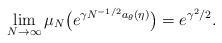
LaTeX: \begin{align*}\lim_{N\to\infty} \mu_N \bigl(e^{\gamma N^{-1/2}a_\theta(\eta)} \bigr)=e^{\gamma^2/2}.\end{align*}